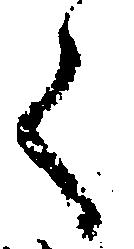
く